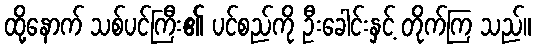
ထို့နောက် သစ်ပင်ကြီး၏ ပင်စည်ကို ဦးခေါင်းနှင့် တိုက်ကြ သည်။